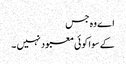
اے وہ جس
کے سوا کوئی معبود نہیں ۔